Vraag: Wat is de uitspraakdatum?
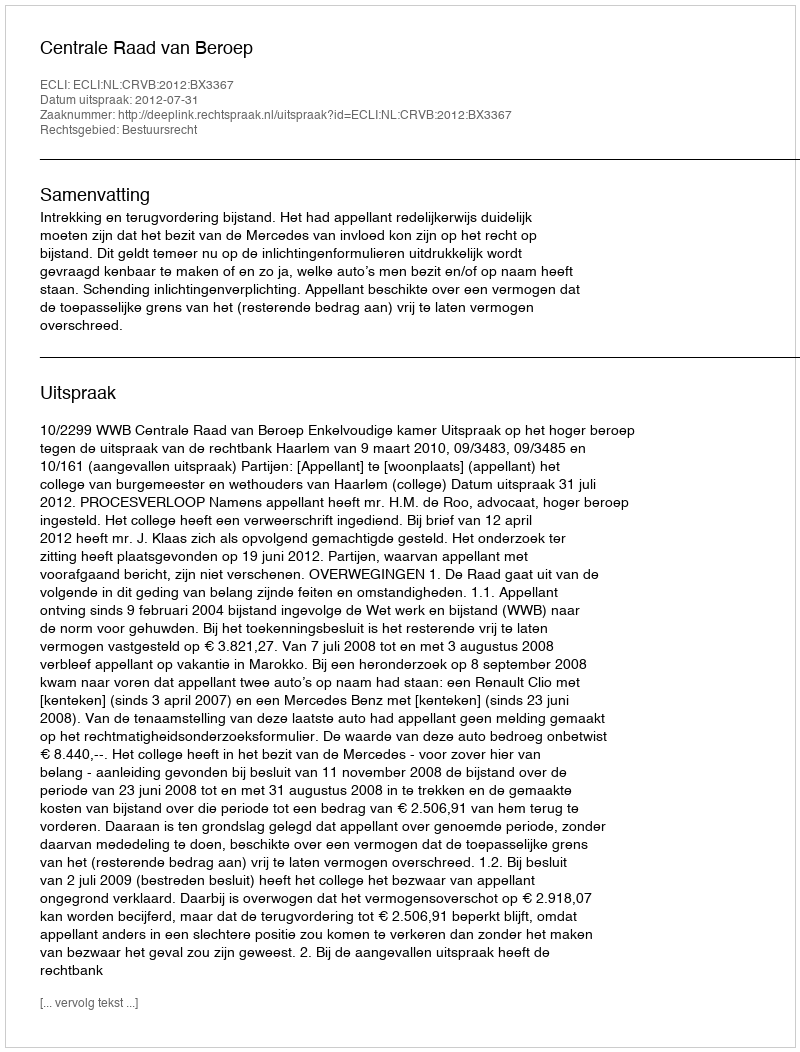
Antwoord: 2012-07-31